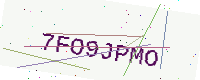
Text: 7FO9JPMO